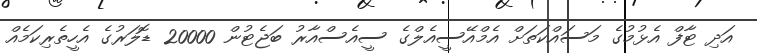
އަދި ޓާފް އެޅުމުގެ މަސައްކަތަށް އެމްއޭސީއެލްގެ ސީއެސްއާރު ބަޖެޓުން 20000 ޑޮލަރުގެ އެހީތެރިކަމެއް